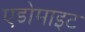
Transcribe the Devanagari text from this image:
एडोमाइट